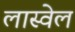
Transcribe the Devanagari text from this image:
लास्वेल